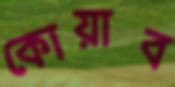
কোয়াব